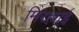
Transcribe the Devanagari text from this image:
मिराबाई